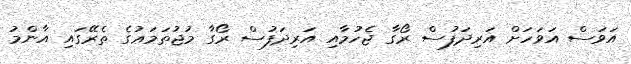
އަވަސް އަވަހަށް އަރިދަފުސް ރޯގާ ޖެހުމާއި އަރިދަފުސް ރޯގާ މުޖުތަމަޢުގެ ތެރޭގައި އާންމު